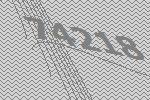
74218